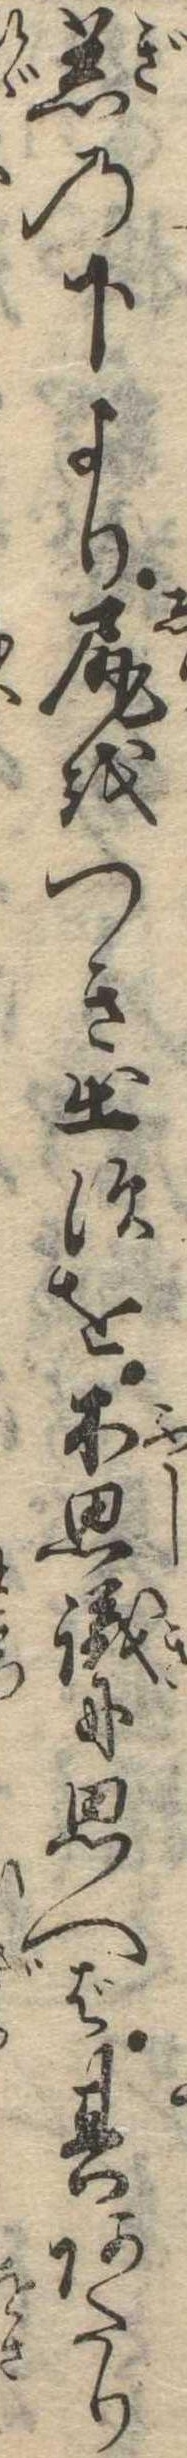
着の下より尻をつき出すを不思議に思へば其あたり